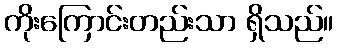
ကိုးကြောင်းတည်းသာ ရှိသည်။